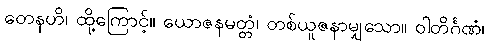
တေနဟိ၊ ထို့ကြောင့်။ ယောဇနမတ္တံ၊ တစ်ယူဇနာမျှသော။ ဝါတိင်္ဂဏံ၊